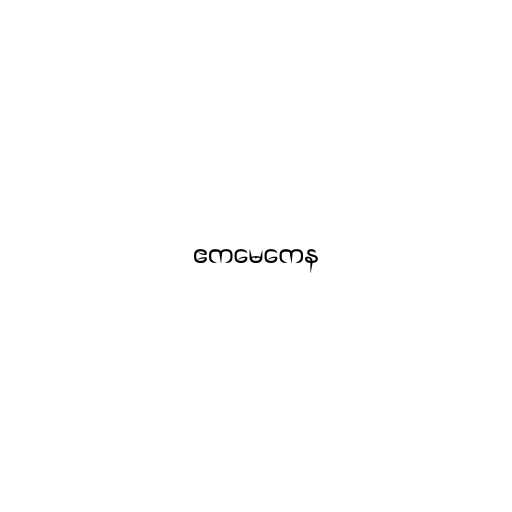
ဧကမေကေန